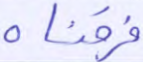
فرقناه